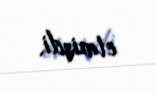
etmişdi.